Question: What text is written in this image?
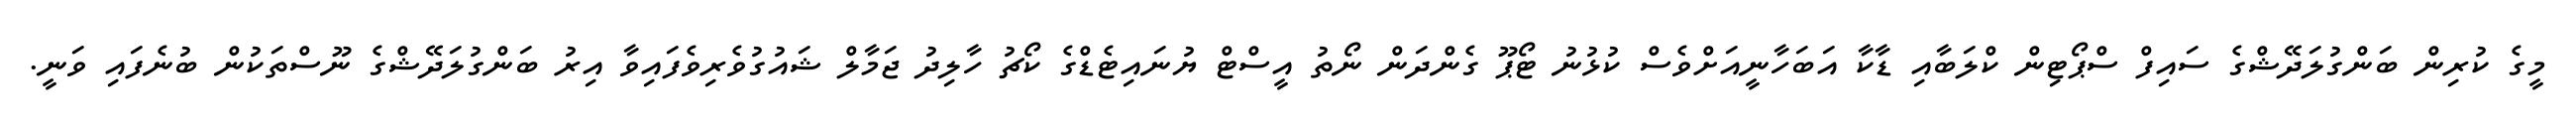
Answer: މީގެ ކުރިން ބަންގުލަދޭޝްގެ ސައިފް ސްޕޯޓިން ކްލަބާއި ޑާކާ އަބަހާނީއަށްވެސް ކުޅުނު ޓޯޕޫ ގެންދަން ނޯތު އީސްޓް ޔުނައިޓެޑްގެ ކޯޗު ހާލިދު ޖަމާލް ޝައުގުވެރިވެފައިވާ އިރު ބަންގުލަދޭޝްގެ ނޫސްތަކުން ބުނެފައި ވަނީ.